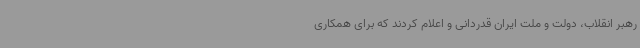
رهبر انقلاب، دولت و ملت ایران قدردانی و اعلام کردند که برای همکاری